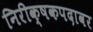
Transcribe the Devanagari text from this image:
निरीक्षकपदावर